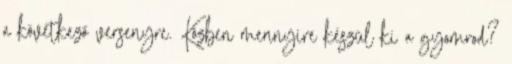
a következő versenyre. Közben mennyire készül ki a gyomrod?